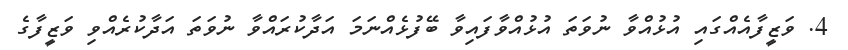
4. ވަޒީފާއެއްގައި އުޅުއްވާ ނުވަތަ އުޅުއްވާފައިވާ ބޭފުޅެއްނަމަ އަދާކުރައްވާ ނުވަތަ އަދާކުރެއްވި ވަޒީފާގެ